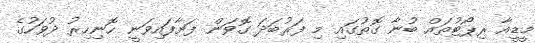
މީޑީއާ ރިޕޯޓުތައް ބުނާ ގޮތުގައި މި ފަރުބަދަ ގޮވަން ފަށާފައިވަނީ ހޮނިހިރު ދުވަހުގެ